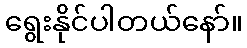
ရွေးနိုင်ပါတယ်နော်။